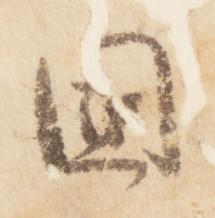
国